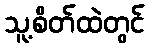
သူ့စိတ်ထဲတွင်